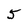
Character: 5